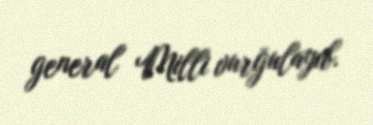
general Milli vurğulayıb.